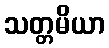
သတ္တမိယာ